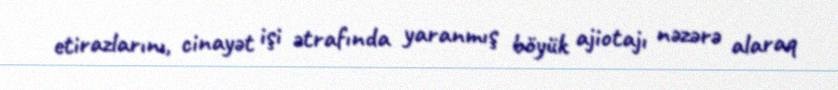
etirazlarını, cinayət işi ətrafında yaranmış böyük ajiotajı nəzərə alaraq